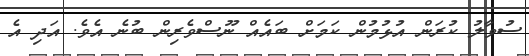
ސުވާލު ކުރަން އުޅުމުން ކަމަށް ބައެއް ނޫސްވެރިން ބުނެ އެވެ. އަދި އެ